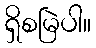
ရှိစမြဲပါ။